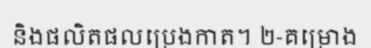
និងផលិតផលប្រេងកាត។ ២-គម្រោង